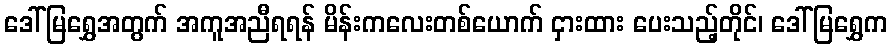
ဒေါ်မြရွှေအတွက် အကူအညီရရန် မိန်းကလေးတစ်ယောက် ငှားထား ပေးသည့်တိုင်၊ ဒေါ်မြရွှေက